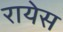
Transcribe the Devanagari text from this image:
रायेस